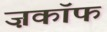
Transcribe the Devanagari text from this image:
ज़काॅफ